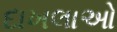
દાખલાઓ